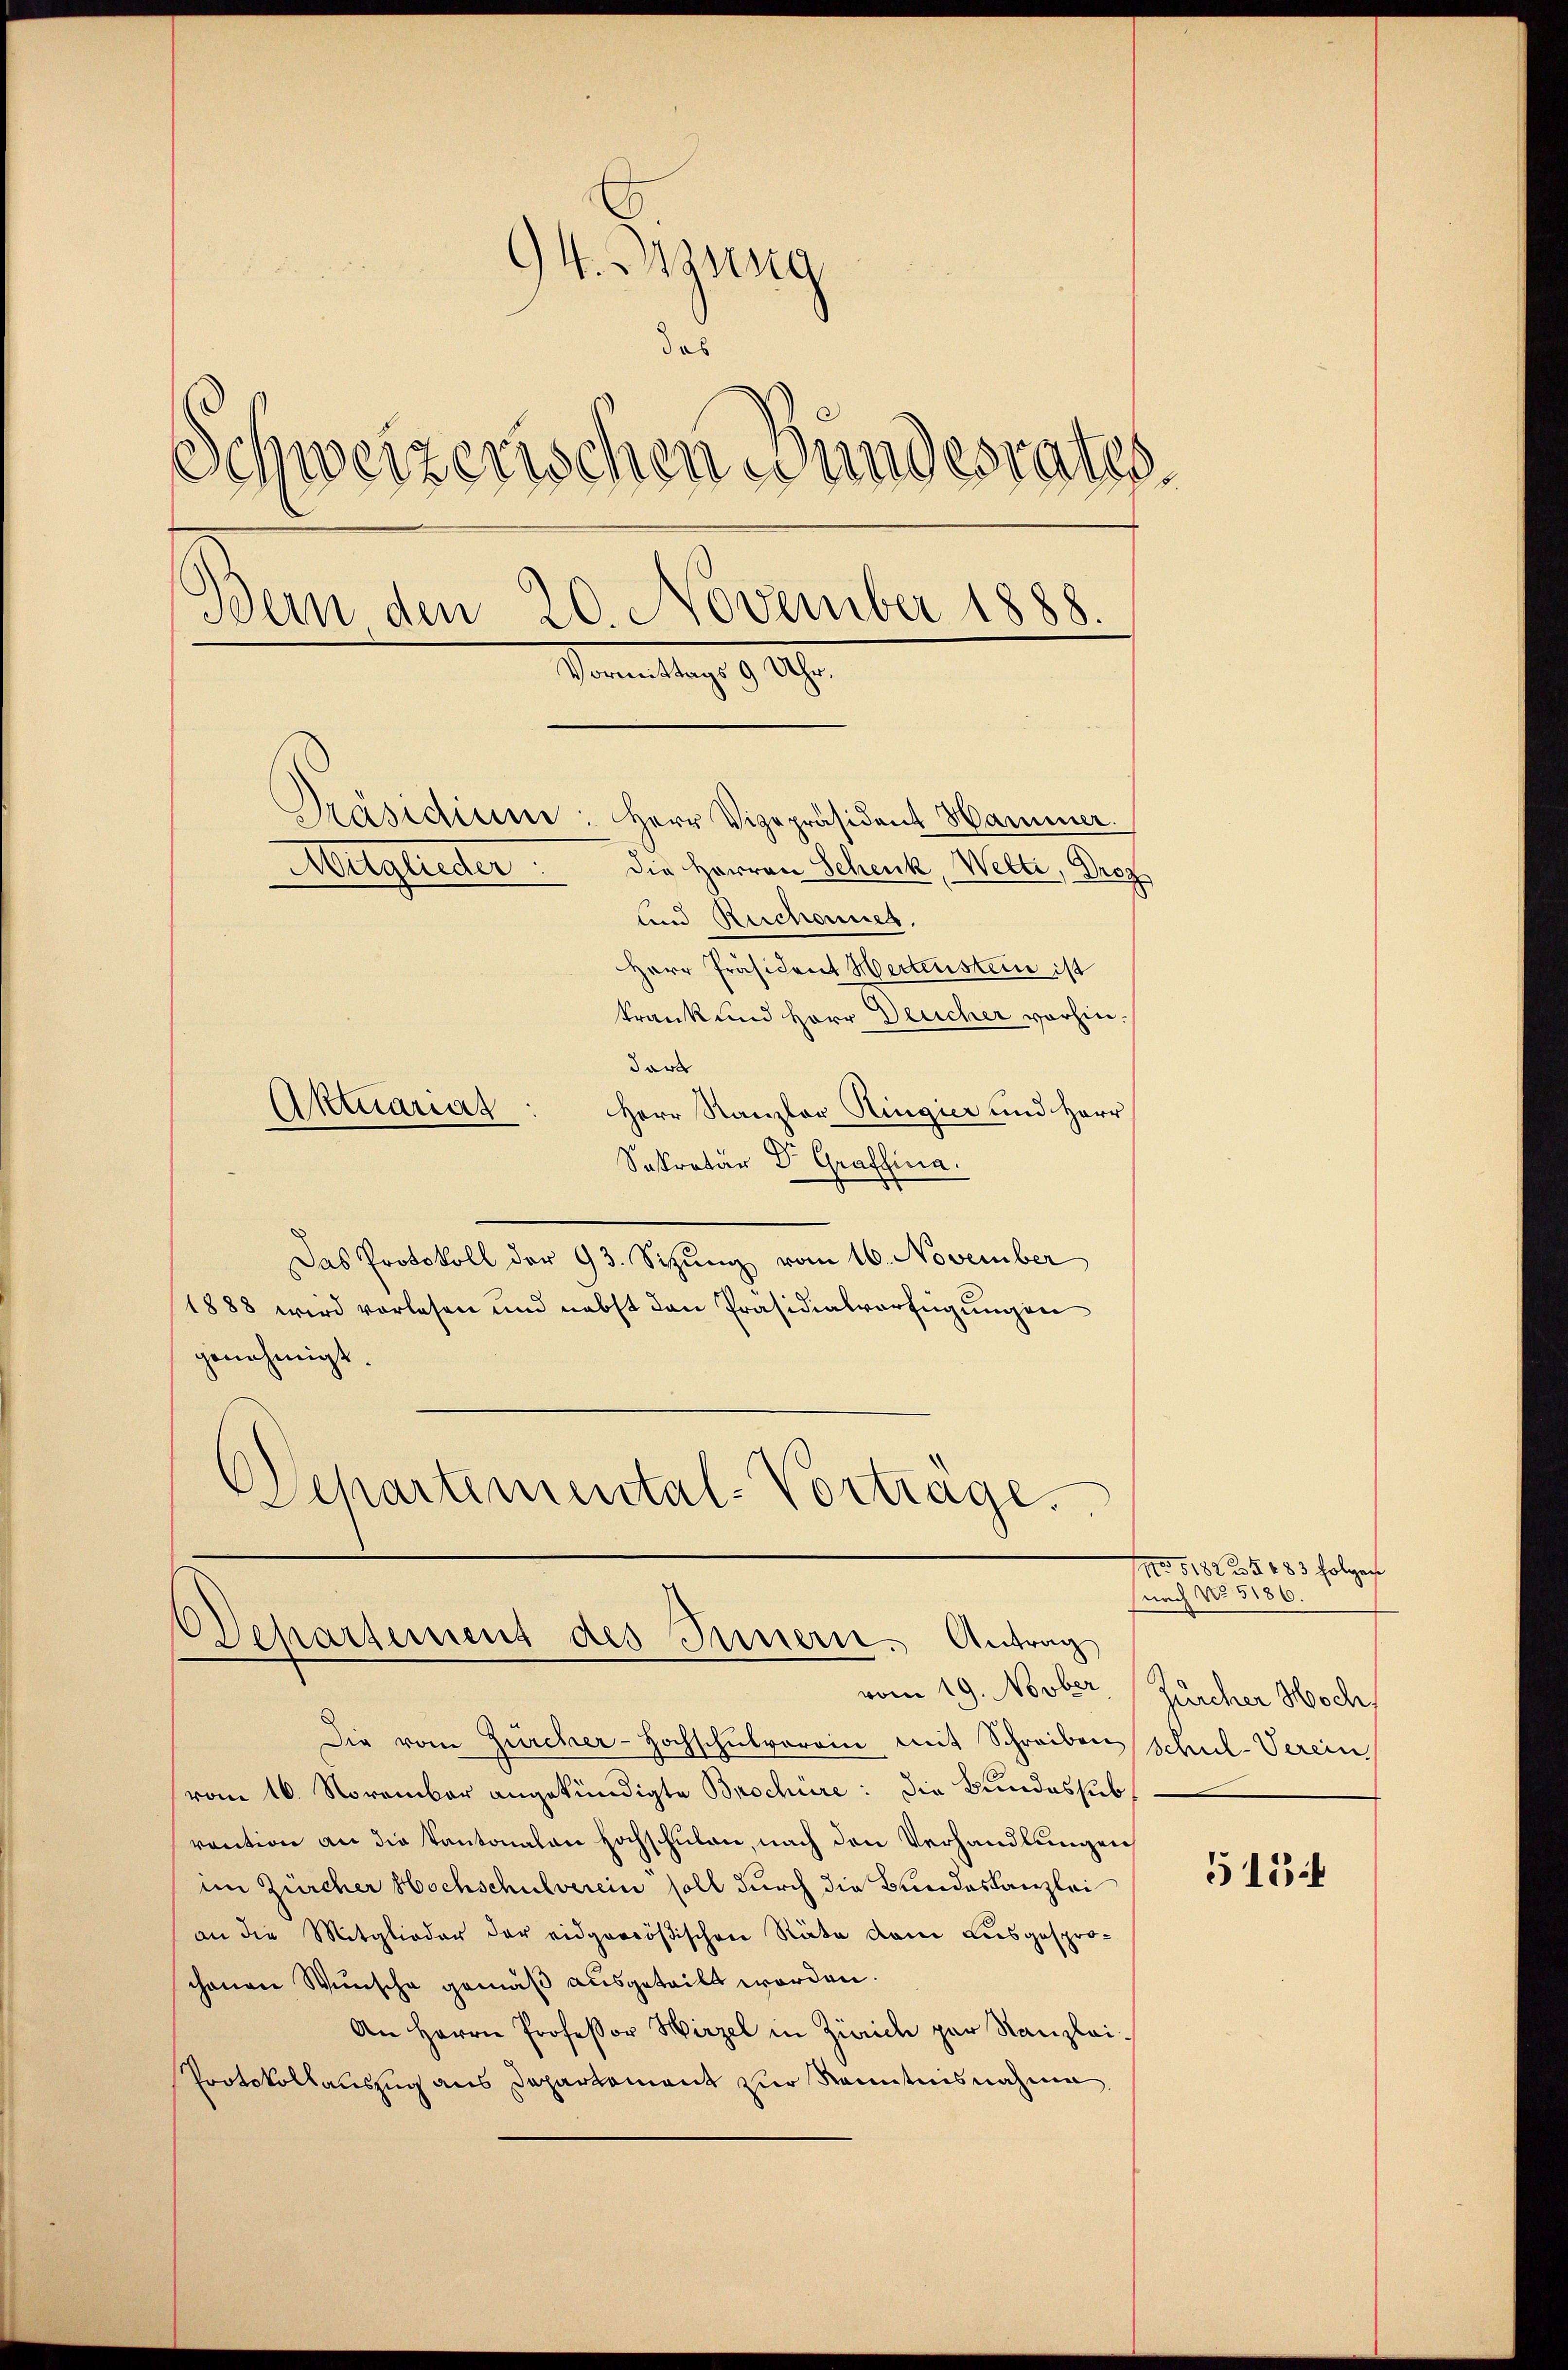
94. Passa
das
Schweizerischen Bundesrates.
Bun den 20. November 1888.
Sonntag 1289.
Präsidium: Herr Vizepräsident Hammer.
Mitglieder
die Herren Schenk, Welti, Droz
lind Reschonnes.
Herr Präsident Hertenstein ist
krank und Herr Deucher vorhin¬

dort
Herr Kanzler Ringier und Herr
Sekretär Dr. Graffina.
Das Protokoll der 93. Sitzung vom 16. November
1888 wird vorlesen und nebst den Präsidialverfügungen
genehmigt.
Departemental-Vortrage.

Aktuariat

Separtement des Innern. Antrag
vom 19. Novber

Die vom Zürcher-Hochschulvorrin mit Schreiben Schul-Verein
vom 16. November angekündigte Brochüre : die Bundessubvention an die Kantonalen Hochschulen, nach den Verhandlungen
im Zürcher Hochschulverein soll durch die Bundeskanzlei
an die Mitglieder der eidgenößischen Räte dem ausgesprochanen Wunsche gemäß ausgeteilt worden.
An Herrn Professor Hirzel in Zürich par Kanzlei-
Protokollauszug aus Departement zur Kenntnisnahme

No 5182 2 § 683 folgen
snach No 5186.
Zürcher Hoch

515